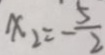
x _ { 2 } = - \frac { 5 } { 2 }